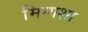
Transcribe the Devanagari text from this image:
मिन्गशा